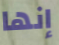
إنها